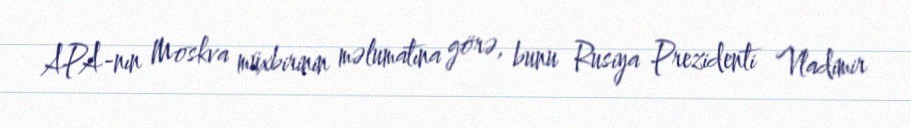
APA-nın Moskva müxbirinin məlumatına görə, bunu Rusiya Prezidenti Vladimir